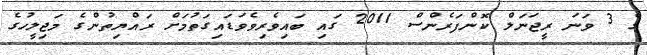
ގެ 3 ވަނަ ރީޖަނަލް ކޮންފަރެންސް 2011 ގައި ބައިވެރިވެވަޑައިގަތުމަށް ރައްޔިތުންގެ މަޖިލީހުގެ